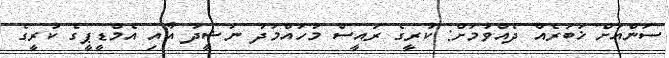
ސަންއަށް ޚަބަރެއް ދެއްވުމަށް: ކުރީގެ ރައީސް މުހައްމަދު ނަޝީދު އާއި އެމްޑީޕީގެ ކުރީގެ